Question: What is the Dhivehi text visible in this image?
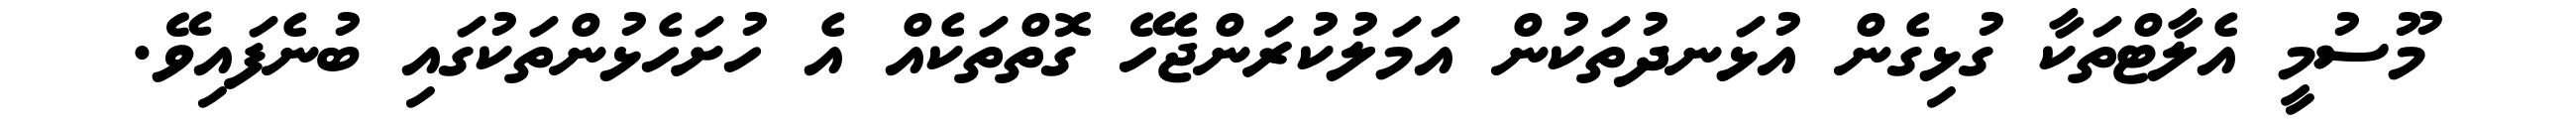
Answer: މޫސުމީ އެލާޓްތަކާ ގުޅިގެން އުޅަނދުތަކުން އަމަލުކުރަންޖެހޭ ގޮތްތަކެއް އެ ހުށަހެޅުންތަކުގައި ބުނެފައިވޭ.